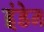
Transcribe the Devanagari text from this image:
इंडेन